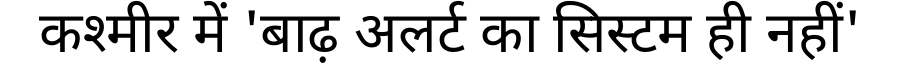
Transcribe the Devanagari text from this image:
कश्मीर में 'बाढ़ अलर्ट का सिस्टम ही नहीं'